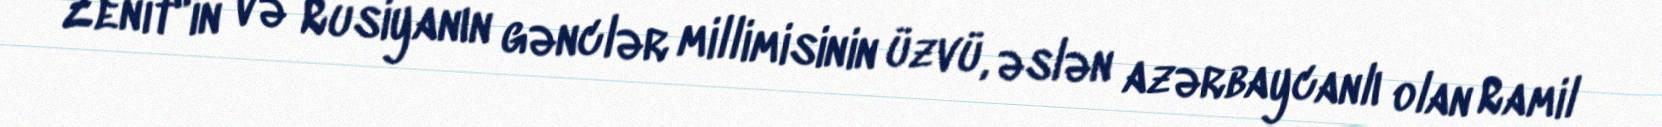
Zenit"in və Rusiyanın gənclər millimisinin üzvü, əslən azərbaycanlı olan Ramil